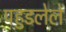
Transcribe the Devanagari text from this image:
पहुडलेले